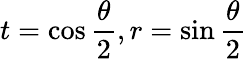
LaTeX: t=\cos\frac{\theta}{2},r=\sin\frac{\theta}{2}